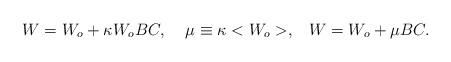
LaTeX: \begin{align*}W = W_o + \kappa W_o BC,\;\;\;\;\mu \equiv\kappa <W _o> ,\;\;\;W= W_o + \mu BC.\end{align*}